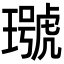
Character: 𤩭